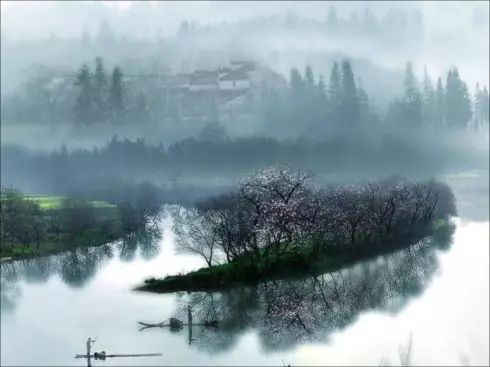
风驱急雨洒高城，云压轻雷殷地声。